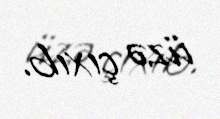
üzə çıxıb.